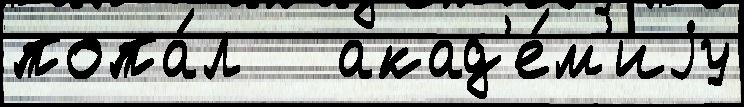
попа́л   акад'е́м'иjу